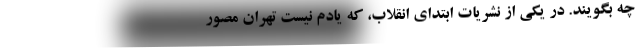
چه بگویند. در یکی از نشریات ابتدای انقلاب، که یادم نیست تهران مصور